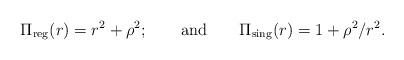
LaTeX: \begin{align*}\Pi _{{\rm reg}}(r)=r^2+\rho ^2;\qquad {\rm and}\qquad\Pi _{{\rm sing}}(r)=1+\rho ^2/r^2.\end{align*}